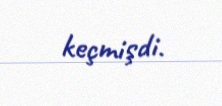
keçmişdi.